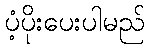
ပံ့ပိုးပေးပါမည်